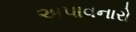
અપાવનારો